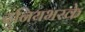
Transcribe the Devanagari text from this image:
दुनियभरके